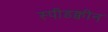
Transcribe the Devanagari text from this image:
स्पीडक्वीन